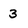
Character: 3